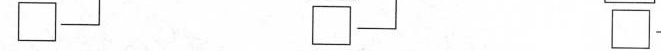
\Box \Box \Box